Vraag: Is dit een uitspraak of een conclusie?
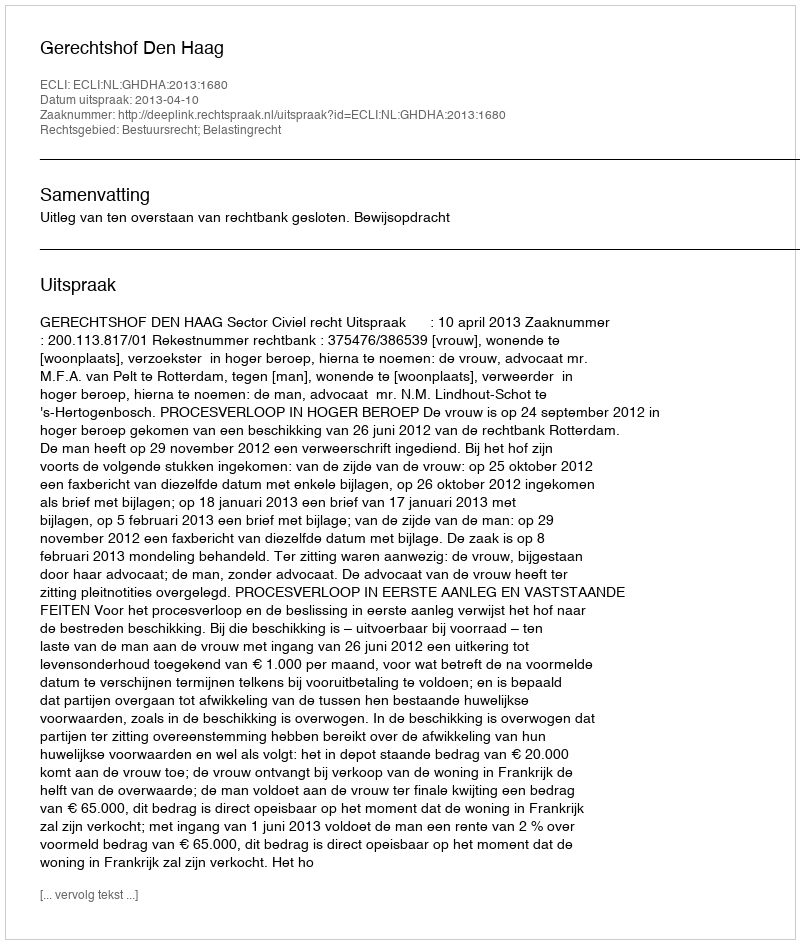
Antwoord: Uitspraak